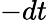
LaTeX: -dt